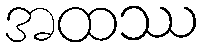
အထဿ